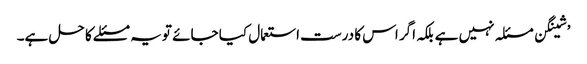
’شینگن مسئلہ نہیں ہے بلکہ اگر اس کا درست استعمال کیا جائے تو یہ مسئلے کا حل ہے۔